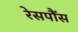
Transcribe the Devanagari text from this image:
रेसपौंस